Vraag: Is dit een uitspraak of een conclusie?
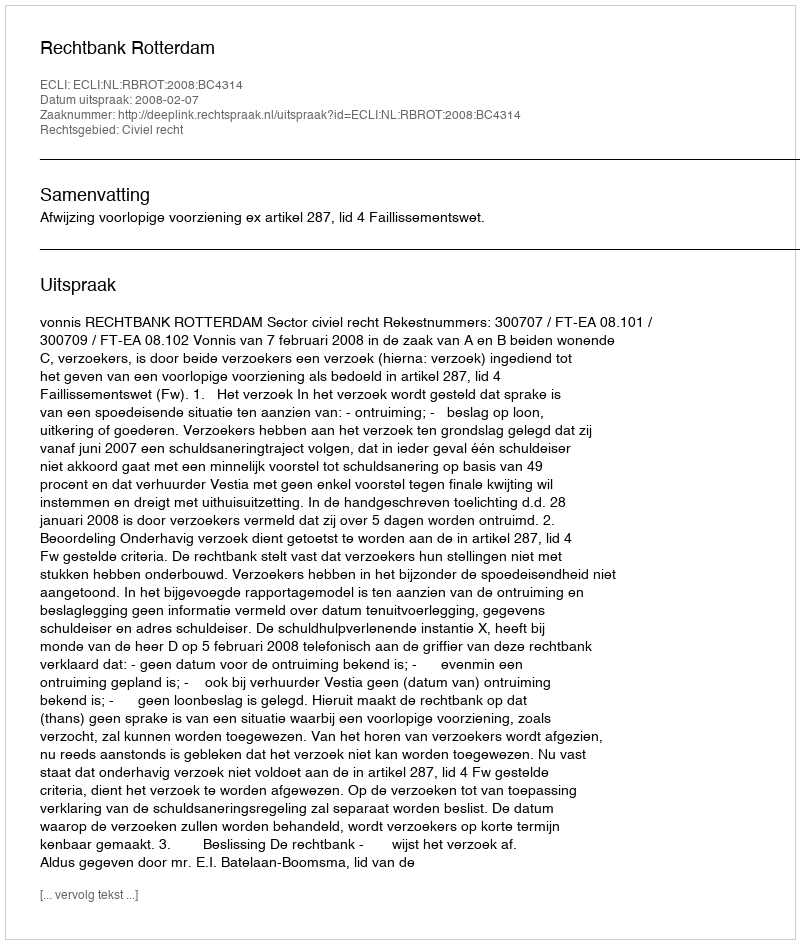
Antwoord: Uitspraak